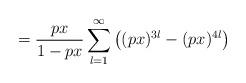
LaTeX: \begin{align*}= \frac{px}{1-px} \sum_{l=1}^{\infty} \big((px)^{3l} - (px)^{4l}\big)\end{align*}